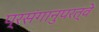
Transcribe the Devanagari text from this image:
प्रसंगानुपरत्वे